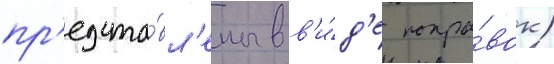
пр'едста́вл'ены в в'и́д'е попра́вок)